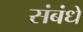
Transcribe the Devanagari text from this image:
संबंधें